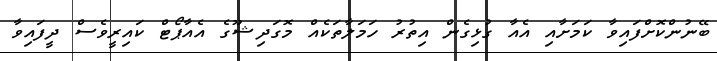
ބޭނުންކޮށްފައިވާ ކަމަށާއި އެއާ ގުޅިގެން އިތުރު ހަމަލާތަކެއް މޮގަދިޝޫގެ އެއާޕޯޓް ކައިރީވެސް ދީފައިވާ